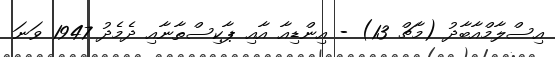
އިސްލާމްއާބާދު (މާޗް 13) - އިންޑިއާ އާއި ޕާކިސްތާނާއި ދެމެދު 1947 ވަނަ